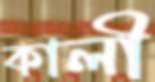
কালী